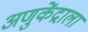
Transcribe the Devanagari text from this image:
अणुकेंद्राला